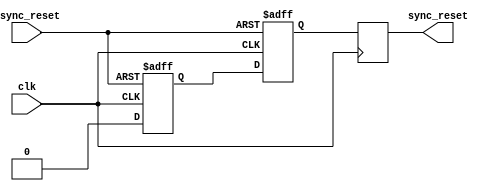
module async_reset_synchronizer (
    input wire async_reset,  // Asynchronous reset input
    input wire clk,          // Clock input
    output reg sync_reset    // Synchronized reset output
);

    // Internal signals for synchronization
    reg sync_reset_ff1;  // First flip-flop output
    reg sync_reset_ff2;  // Second flip-flop output

    // Asynchronous reset detection and synchronization logic
    always @(posedge clk or posedge async_reset) begin
        if (async_reset) begin
            // If async_reset is asserted, set both flip-flops to 1
            sync_reset_ff1 <= 1'b1;
            sync_reset_ff2 <= 1'b1;
        end else begin
            // Otherwise, propagate the reset state through the flip-flops
            sync_reset_ff1 <= 1'b0; // Clear on next clock cycle
            sync_reset_ff2 <= sync_reset_ff1; // Synchronize the first flip-flop output
        end
    end

    // Assign the final synchronized reset output
    always @(posedge clk) begin
        sync_reset <= sync_reset_ff2; // Output the synchronized reset
    end

endmodule